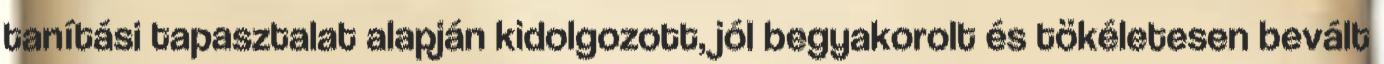
tanítási tapasztalat alapján kidolgozott, jól begyakorolt és tökéletesen bevált